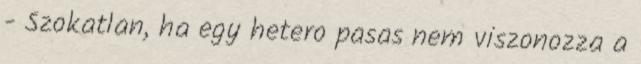
- Szokatlan, ha egy hetero pasas nem viszonozza a